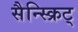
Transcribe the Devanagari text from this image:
सैन्स्क्रिट्